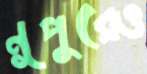
নূপুরেও